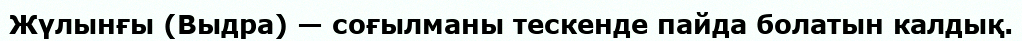
Жүлынғы (Выдра) — соғылманы тескенде пайда болатын калдық.